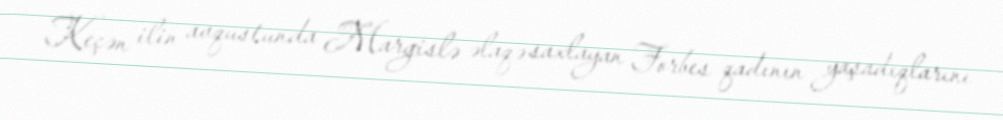
Keçən ilin avqustunda Margislə əlaqə saxlayan Forbes qadının yaşadıqlarını